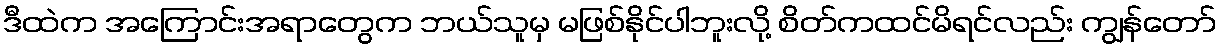
ဒီထဲက အကြောင်းအရာတွေက ဘယ်သူမှ မဖြစ်နိုင်ပါဘူးလို့ စိတ်ကထင်မိရင်လည်း ကျွန်တော်